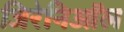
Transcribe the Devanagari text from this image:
जिरेनिऑल